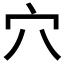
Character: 穴